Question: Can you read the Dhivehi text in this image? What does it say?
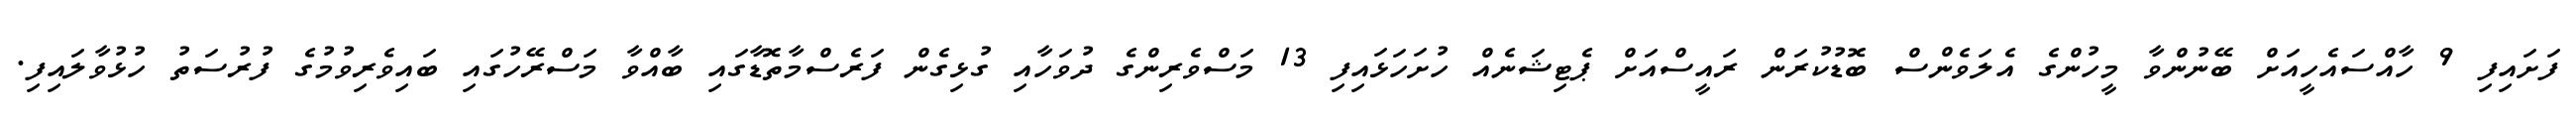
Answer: ފަށައިފި 9 ހާއްސައެހީއަށް ބޭނުންވާ މީހުންގެ އެލަވެންސް ބޮޑުކުރަން ރައީސްއަށް ޕެޓިޝަނެއް ހުށަހަޅައިފި 13 މަސްވެރިންގެ ދުވަހާއި ގުޅިގެން ފަރެސްމާތޮޑާގައި ބާއްވާ މަސްރޭހުގައި ބައިވެރިވުމުގެ ފުރުސަތު ހުޅުވާލައިފި.